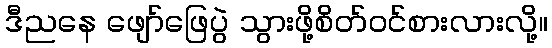
ဒီညနေ ဖျော်ဖြေပွဲ သွားဖို့စိတ်ဝင်စားလားလို့။